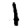
Digit: 1